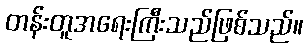
တန်းတူအရေးကြီးသည်ဖြစ်သည်။